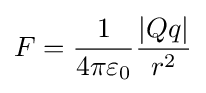
F={1 \over 4\pi \varepsilon _{0}}{|Qq| \over r^{2}}